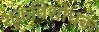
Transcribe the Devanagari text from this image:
शुक्रविशोधक